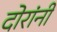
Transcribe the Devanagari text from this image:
दोरांनी